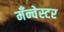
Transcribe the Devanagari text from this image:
मँन्चेस्टर